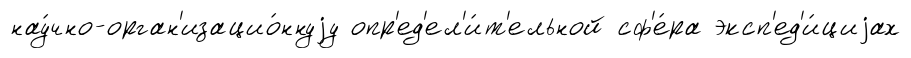
нау́чно-орган'изацио́ннуjу опр'ед'ел'и́т'ельной сф'е́ра эксп'ед'и́циjах